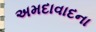
અમદાવાદના